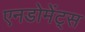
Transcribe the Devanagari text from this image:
एनडोमेंट्स